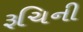
રૂચિની